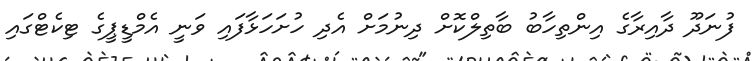
ފުނަދޫ ދާއިރާގެ އިންތިހާބު ބާތިލްކޮށް ދިނުމަށް އެދި ހުށަހަޅާފައި ވަނީ އެމްޑީޕީގެ ޓިކެޓްގައި